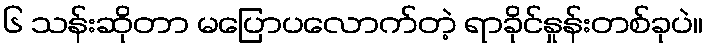
၆ သန်းဆိုတာ မပြောပလောက်တဲ့ ရာခိုင်နှုန်းတစ်ခုပဲ။